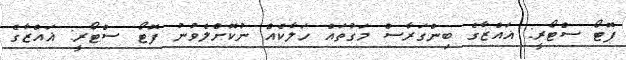
ފޮޓޯ ސްޓޯރީ: ޣައްޒާގެ ބިންގަރާސް މަގުތައް ހަލާކެއް ނުކޮށްލެވުނު ފޮޓޯ ސްޓޯރީ: ޣައްޒާގެ